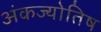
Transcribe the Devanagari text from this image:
अंकज्योतिष